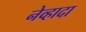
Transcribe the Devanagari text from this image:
नेव्हादा